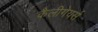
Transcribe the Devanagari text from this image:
कैलीगेयर्स